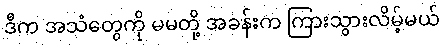
ဒီက အသံတွေကို မမတို့ အခန်းက ကြားသွားလိမ့်မယ်